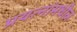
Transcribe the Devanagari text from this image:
प्रयत्‍नांमधील